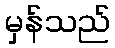
မှန်သည်